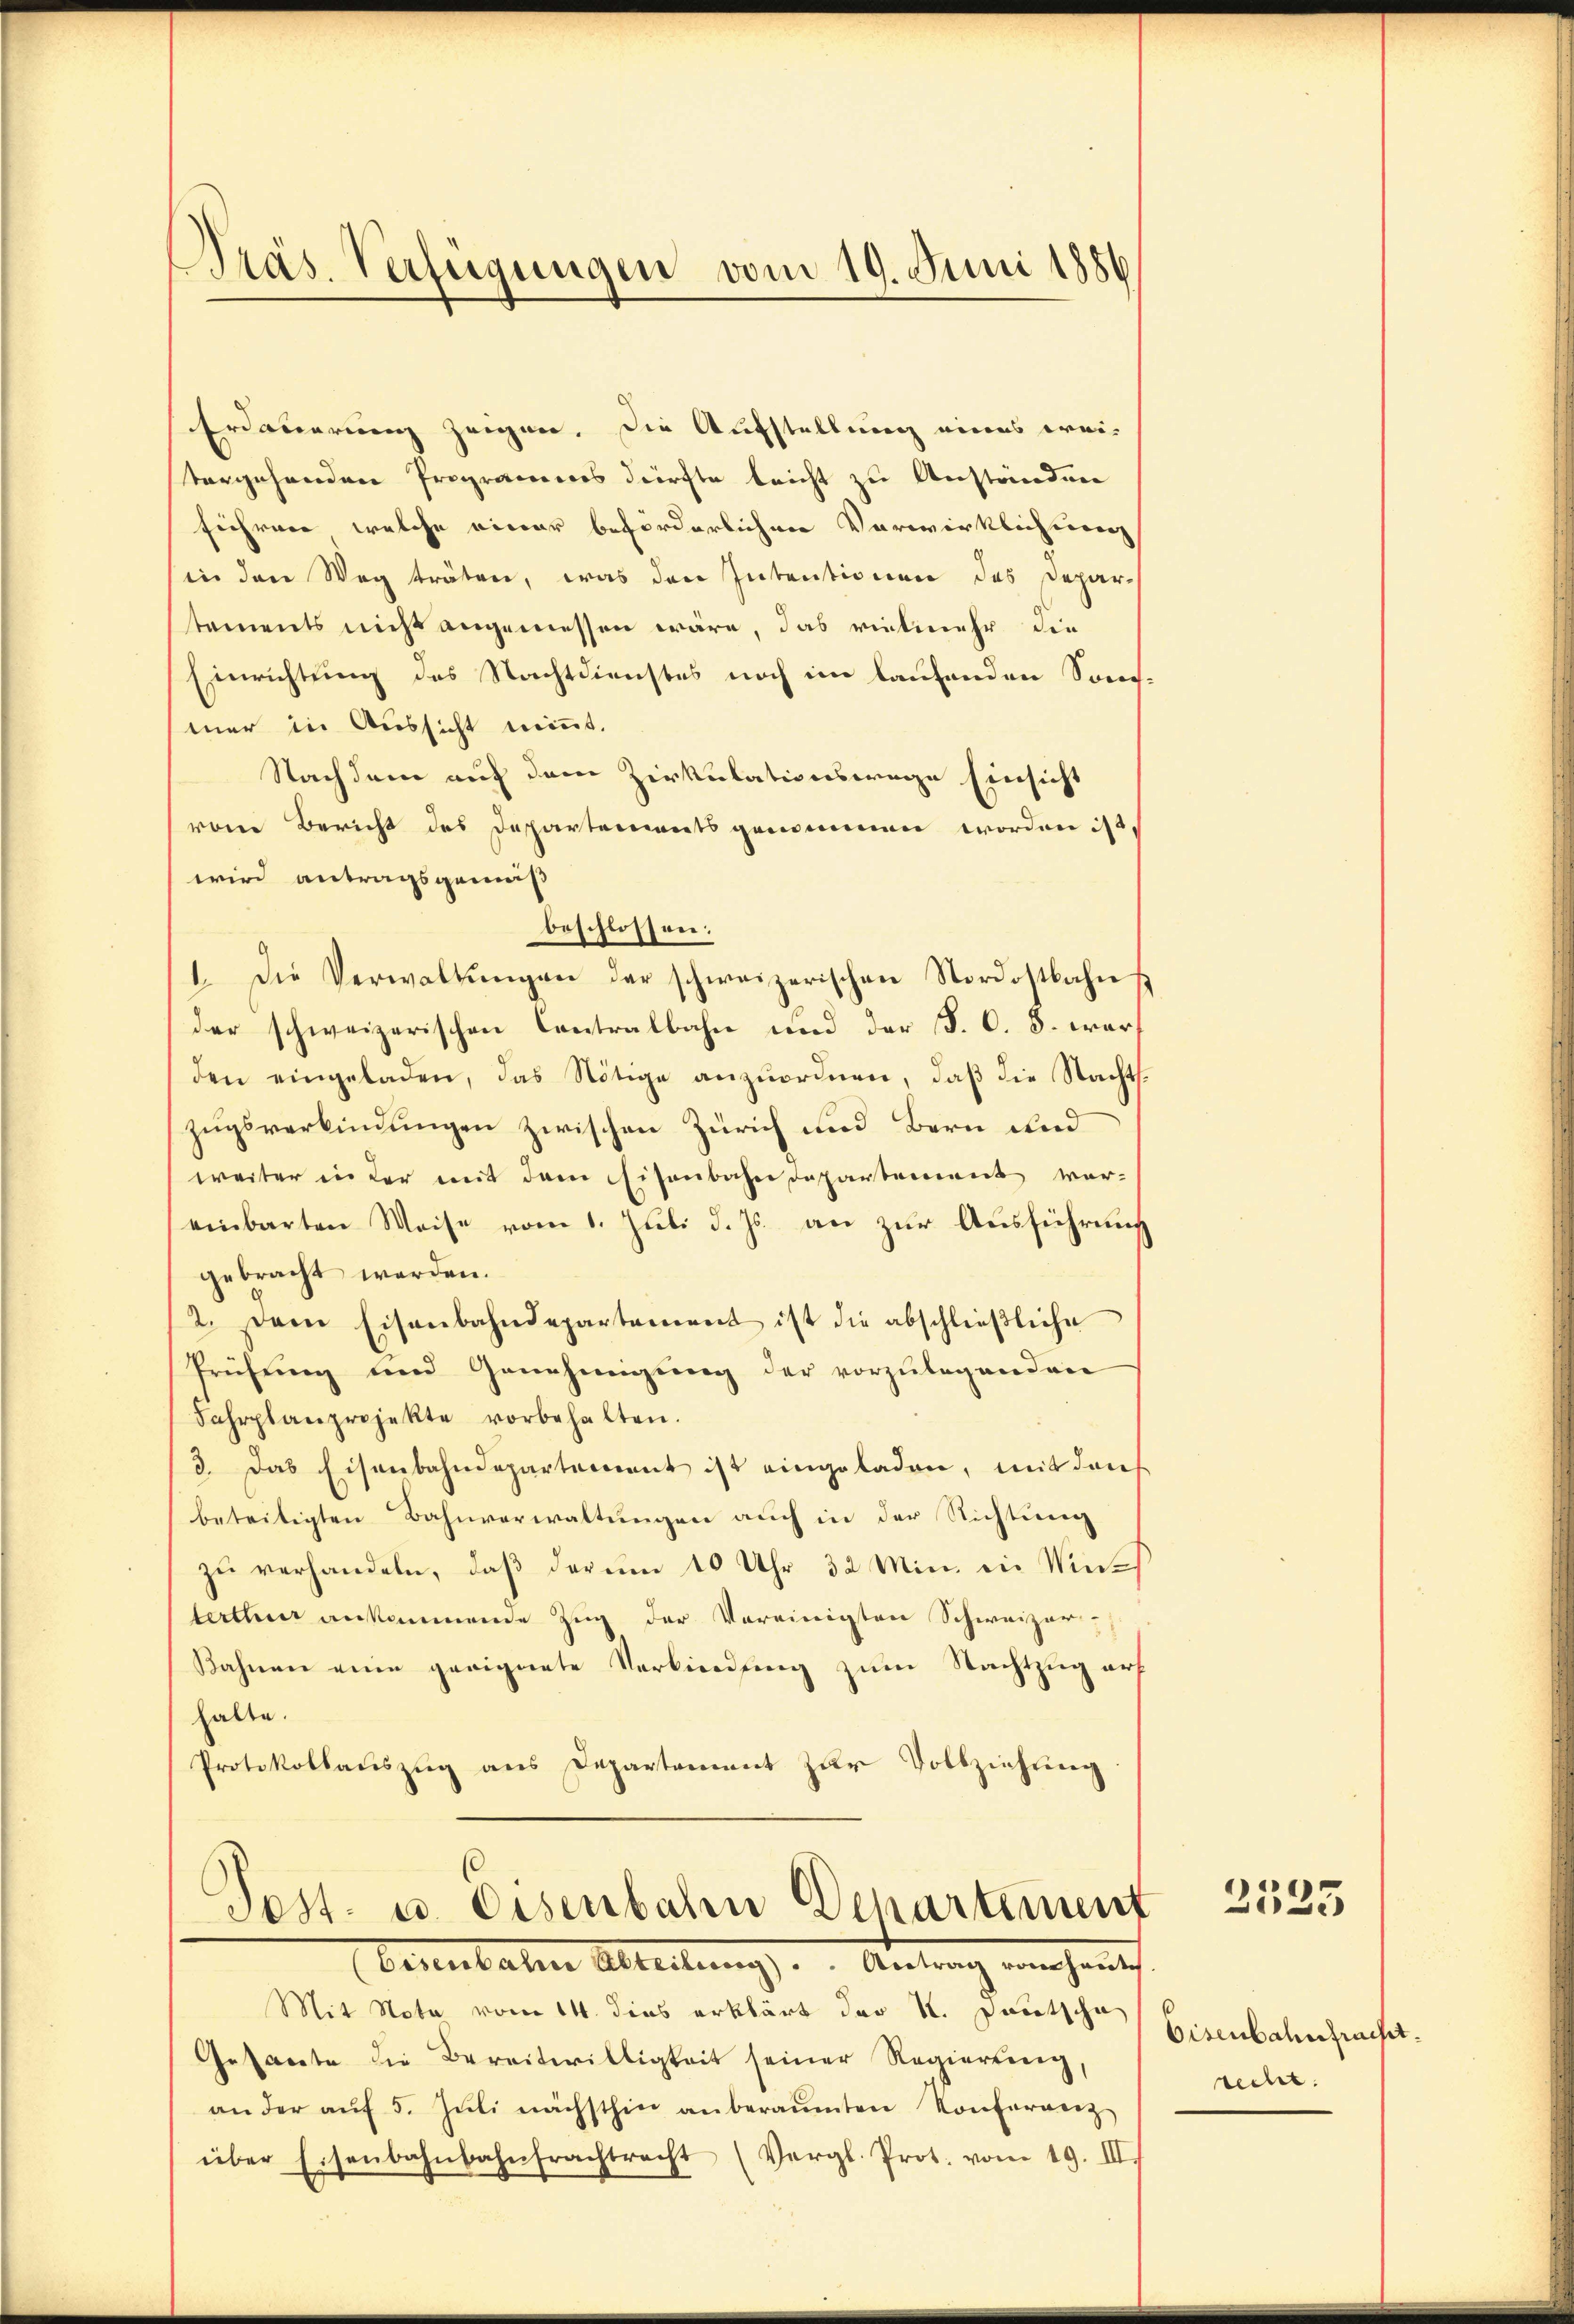
Präs. Verfügungen vom 19. Juni 1886

Erdauerung zeigen. Die Aufstellung eines wei-
vergehenden Programes dürfte leicht zu Anständen
führer welche einer beförderlichen Vorwirklicheren
in den Weg träten, was den Intentionen des Depar-
tements nicht angemessen wäre, das vielmehr die
Einrichtung des Nachtdienstes noch im laufenden Song
mer in Aussicht niṁt.
Nachdem auf dem Zirkulationswege Einsicht
von Bericht des Departements genommen worden ist,
wird antragsgemäß
beschlossen:
1. Die Verwaltungen der schweizerischen Nordostbahn
der schweizerischen Contralbahn und der P. C. 8. war
den eingeladen, das Nötige anzŭordnen, daβ die Nachts-
zugsverbindungen zwischen Zürich und Bern und
weiter in der mit dem Eisenbahndepartement ver-
einbarten Weise vom 1. Juli d. Js. an zur Ausführung
gebracht werden.
2. Der Eisenbahndepartement ist die abschlieβliche
Prüfŭng und Genehmigŭng der vorzŭlegenden
Fahrplanprojekte vorbehalten.
3. Das Eisenbahndepartement ist eingeladen, mit den
beteiligten Bahnverwaltungen auch in der Richtung
zu verhandeln, daß der um 10 Uhr 32 Min. in Winterthur ankommende Zug der Vereinigten Schweizer
Bahnen eine geeignete Verbindung zum Nachtzug auf
halte.
Protokollauszug aus Departement zur Vollziehung

Post- u. Eisenbahn Departement
bennbaten Abteilung hat

Mit Note vom 14. dies erklärt der St. Gautscha
Gesante die Bereitwilligkeit seiner Regierung
an der aŭf 5. Jŭli nächsthin anberaumten Konferrenz
über Eisenbahnbahnfrachtracht (Vergl. Prot. vom 19. III.

2535

Eisenbahnpracht.
recht.